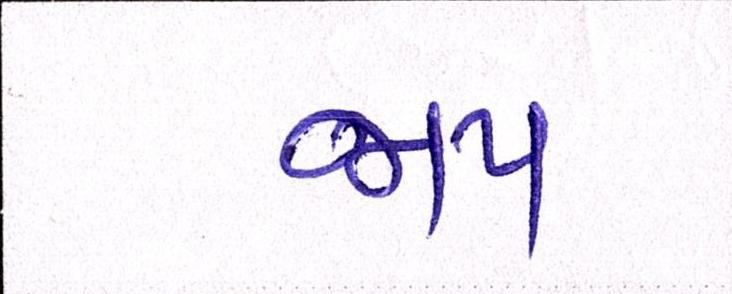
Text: જાપ